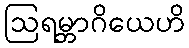
ဩရမ္ဘာဂိယေဟိ